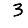
Digit: 3